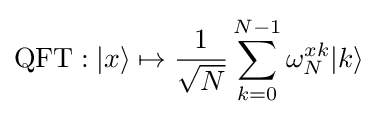
\operatorname {QFT} :|x\rangle \mapsto {\frac {1}{\sqrt {N}}}\sum _{k=0}^{N-1}\omega _{N}^{xk}|k\rangle